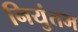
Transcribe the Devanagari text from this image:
नियुंतम